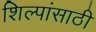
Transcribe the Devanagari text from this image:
शिल्पांसाठी